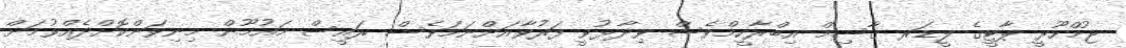
ޖުމްހޫރީ ޕާޓީގެ ލީޑަރ ޤާސިމް އިބްރާހީމްވެސް ވިދާޅުވީ ފަރުވާއަށްނަމަވެސް ރައީސް މައުމޫން މިނިވަންކޮށްދެއްވުމަށް